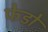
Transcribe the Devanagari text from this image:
फेडो